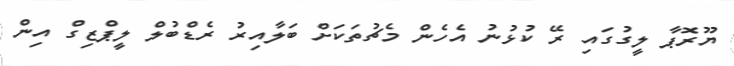
ޔޫރޮޕާ ލީގުގައި ރޭ ކުޅުނު އެހެން މެޗުތަކަށް ބަލާއިރު ރެޑްބުލް ލީޕްޒިގް އިން